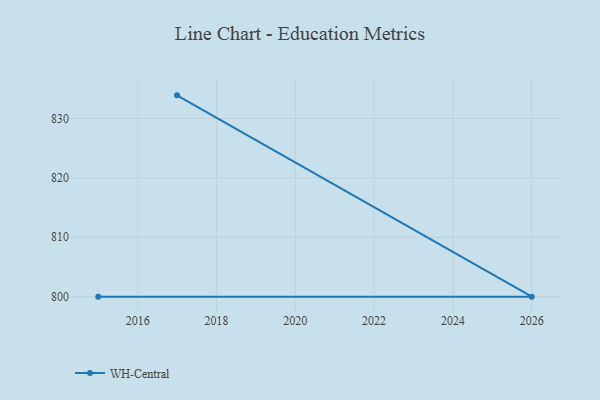
{"axis": {"x": "Year", "y": "Bounce Rate (%)"}, "legend": ["WH-Central"], "data": [{"x": "2017", "y": 833.9, "type": "WH-Central"}, {"x": "2026", "y": 800, "type": "WH-Central"}, {"x": "2015", "y": 800, "type": "WH-Central"}]}